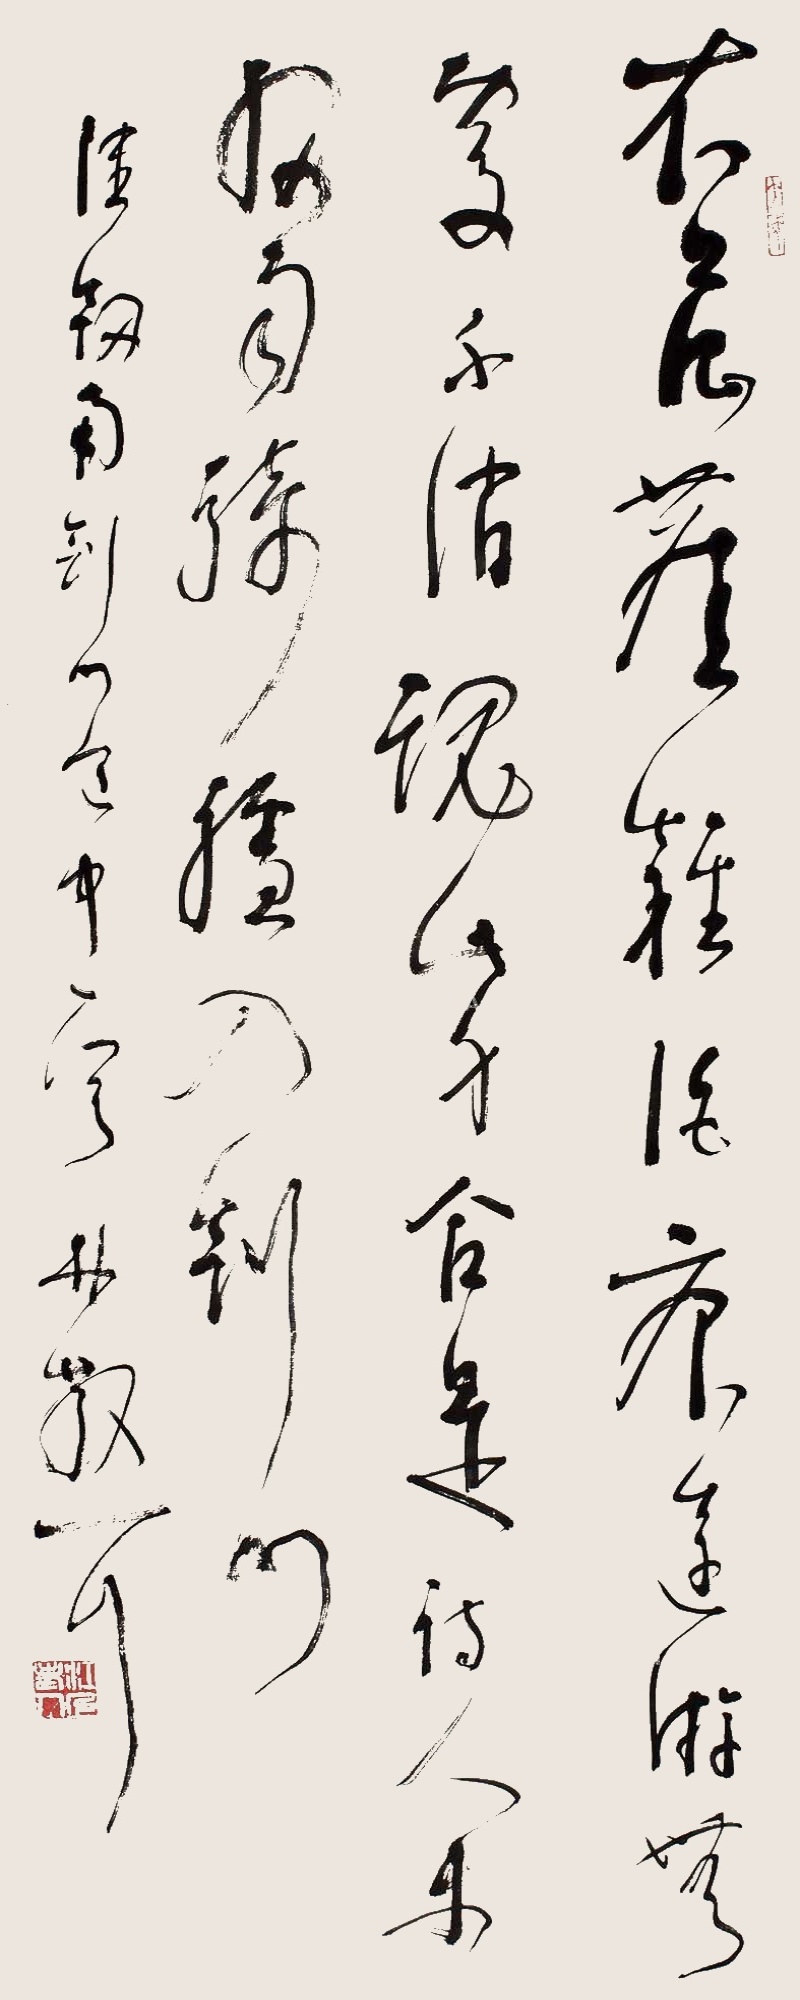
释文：衣上征尘杂酒痕，远游无处不消魂。此身合是诗人未，细雨骑驴入剑门。陆剑南《剑门道中》一首，林散耳。